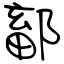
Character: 鄐